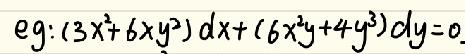
\[
\text{eg: }(3x^{2}+6xy^{2})dx+(6x^{2}y + 4y^{3})dy = 0
\]